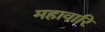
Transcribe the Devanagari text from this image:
महावारि